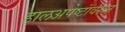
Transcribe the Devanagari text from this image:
हालअपेष्टांवरून